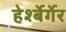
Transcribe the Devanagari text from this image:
हेर्श्बेर्गेर